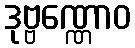
ဒုဗ္ဗဏ္ဏောဝ